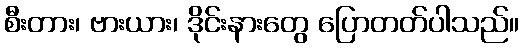
စီးတား၊ ဗားယား၊ ဒိုင်းနားတွေ ပြောတတ်ပါသည်။